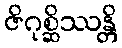
ဇိဂုစ္ဆိဿန္တိ